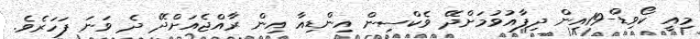
މިއީ ކޯވިޑް-19އިން ދިފާއުވުމަށްދޭ ވެކްސިން އިންޑިއާ އިން ރާއްޖެއަށްދޭ ދެ ވަނަ ފަހަރެވެ.